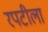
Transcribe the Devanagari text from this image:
रपटीला